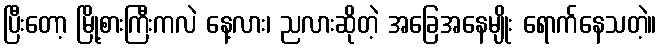
ပြီးတော့ မြို့စားကြီးကလဲ နေ့လား၊ ညလားဆိုတဲ့ အခြေအနေမျိုး ရောက်နေသတဲ့။